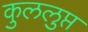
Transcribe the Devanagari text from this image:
कुललुप्त